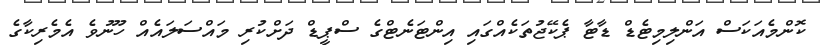
ކޮންމެއަކަސް އަންލިމިޓެޑް ޑާޓާ ޕެކޭޖުތަކެއްގައި އިންޓަނެޓްގެ ސްޕީޑް ދަށްކުރި މައްސަލައެއް ހޫނުވެ އެމެރިކާގެ